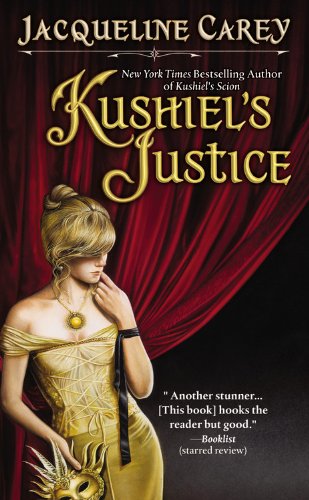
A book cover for Kushiel's Justice (Kushiel's Legacy); Jacqueline Carey; Romance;